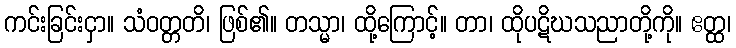
ကင်းခြင်းငှာ။ သံဝတ္တတိ၊ ဖြစ်၏။ တသ္မာ၊ ထို့ကြောင့်။ တာ၊ ထိုပဋိဃသညာတို့ကို။ ဧတ္ထ၊